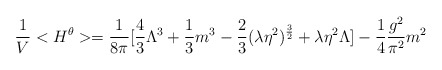
\begin{align*}\frac{1}{V}<H^{\theta}> = \frac{1}{8\pi} [\frac{4}{3} \Lambda^3+\frac{1}{3}m^3 - \frac{2}{3}(\lambda \eta^2)^{\frac{3}{2}} +\lambda\eta^2 \Lambda] -\frac{1}{4} \frac{g^2}{\pi^2} m^2\end{align*}